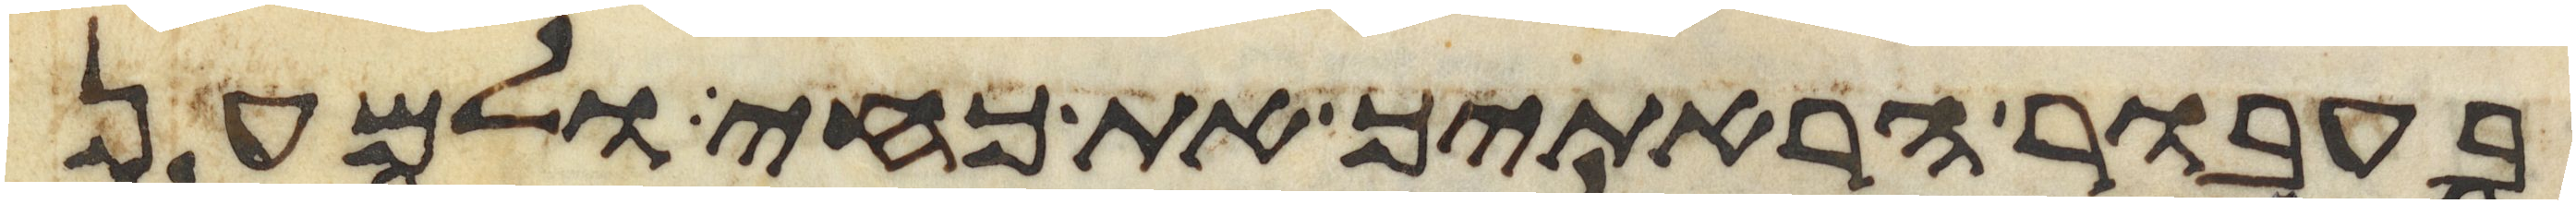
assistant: בעבור הראתיך את כחי ולמען